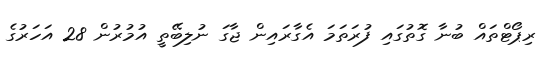
ރިޕޯޓްތައް ބުނާ ގޮތުގައި ފުރަތަމަ އެގާރައިން ޖާގަ ނުލިބޭތީ އުމުރުން 28 އަހަރުގެ